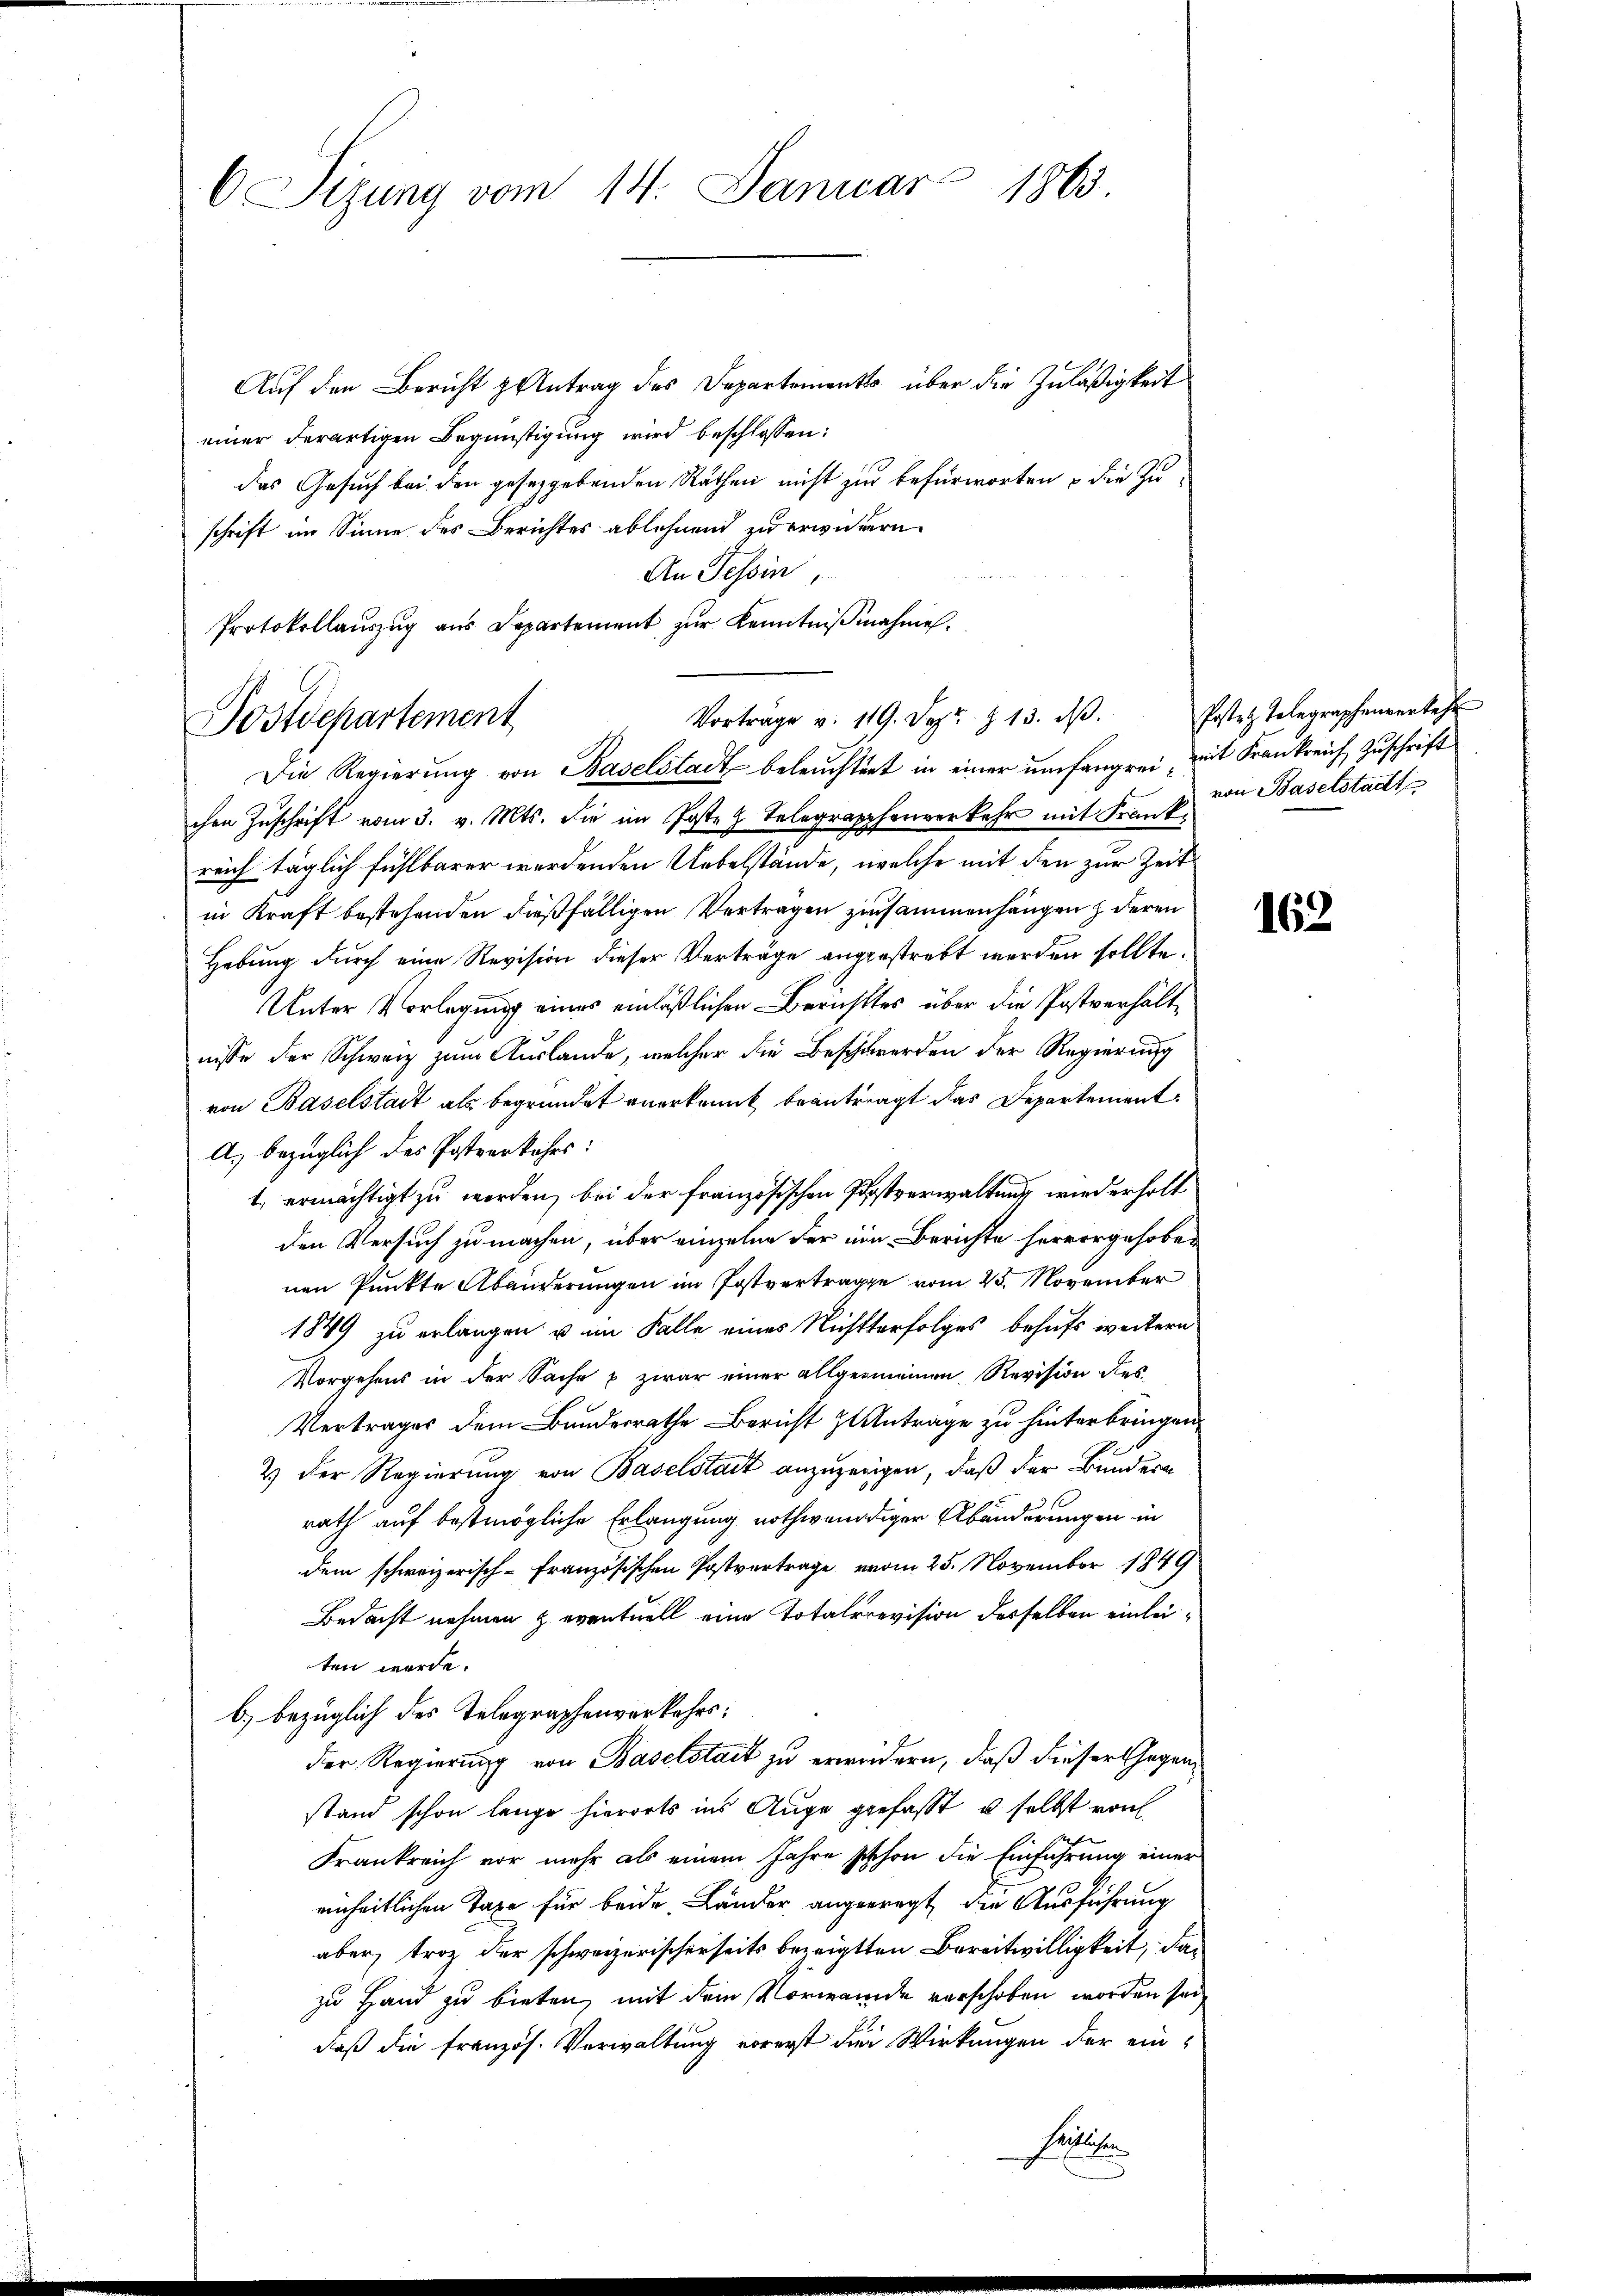
6 Sizung vom 14. Januar 1863.

Auf den Bericht & Antrag des Departements über die Zuläßigkeit
einer derartigen Begünstigung wird beschlossen:
das Gesuch bei den gesetzgebenden Räthen nicht zur befürworten u die Zuschrift im Sinne des Berichtes ablehnend zu erwichern.
An Tessin,
Protokollaŭszŭg aŭs Departement zŭr Kenntniβnahme.

Vorträge v. 119. Sept. § 13. dβ.
Postdepartement
Die Regierŭng von Baselstadt beleŭchtert in einer umfangrei, mit Frankreich Zuschrift

chen Zuschrift vom 3. v. Mts. die im Poste z. Telegraphenverkehr mit Frankreich täglich fühlbarer werdenden Uebelstände, welche mit den zur Zeit
in Kraft bestehenden dießfälligen Vertragen zusammenhängen deren
Hebung durch eine Revision dieser Verträge angestrebt werden sollte.
Unter Vorlegung eines einläßlichen Berichtes über die Postverhältnisse der Schweiz zum Auslande, welcher die Beschwerden der Regierung
von Baselstadt als begründet anerkannt beantragt das Departement
A. bezüglich des Postverkehrs:
1. ermächtigt zu werden, bei der französischen Postverwaltung wiederholt
den Versuch zu machen, über einzelne der ein Berichte hervorgehoben
nen Punkte Abänderungen im Postvertrage vom 25. November
1849 zu erlangen u im Falle eines Nichtserfolges behufs weitern
Vorgehens in der Sache u zwar einer allgemeinen Revision dies
Vertrages dem Bundesrathe Bericht zu Antrage zu hinterbringen,
2) Der Regierung von Baselstadt anzuzeigen, daß der Bundern
rath auf bestmögliche Erlangung nothwendiger Abänderungen in
dem schweizerisch-Französischen Postvertrage vom 25. November 1849
Bedacht nehmen & eventuell eine Totalrevision derselben einleiten werde.
b) bezüglich des Telegraphenverkehrs:
der Regierung von Baselstadt zu erwidern, daß dieser Gegenstand schon lange hierorts ins Auge gefasst u. selbst von
Frankreich vor mehr als einem Jahre schon die Einführung einer
einheitlichen Taxe für beide Länder angeregt, die Ausführung
aber, trotz der schweizerischerseits bezeigten Bereitwilligkeit, das
zu Hand zu bieten, mit dem Vorweide verschoben worden sei,
daß die französ. Verwaltung vorerst die Wirkungen der einhalten

Posten Telegraphenverkehr
von Baselstadt

162